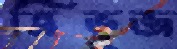
ত্রিভূজ